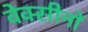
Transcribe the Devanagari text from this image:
वेक्सीनों